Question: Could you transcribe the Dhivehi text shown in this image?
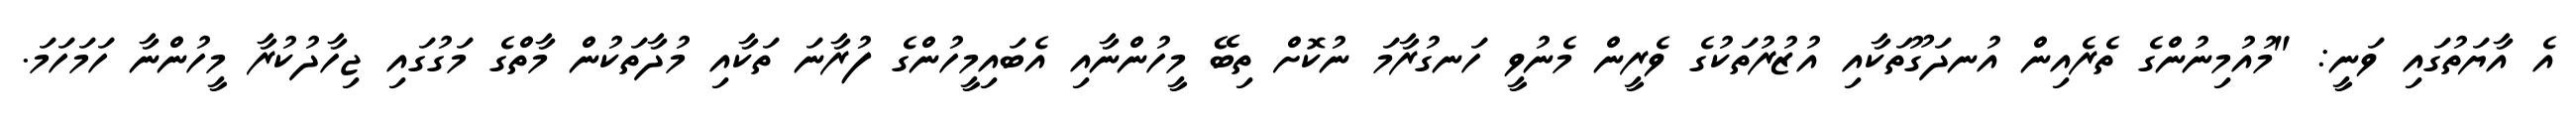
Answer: އެ އާޔަތުގައި ވަނީ: "މުއުމިނުންގެ ތެރެއިން އުނދަގޫތަކާއި އުޒުރުތަކުގެ ވެރީން މެނުވީ ހަނގުރާމަ ނުކޮށް ތިބޭ މީހުންނާއި އެބައިމީހުންގެ ފުރާނަ ތަކާއި މުދާތަކުން މާތްގެ މަގުގައި ޖިހާދުކުރާ މީހުންނާ ހަމަހަމަ.